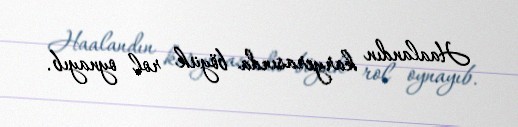
Haalandın karyerasında böyük rol oynayıb.